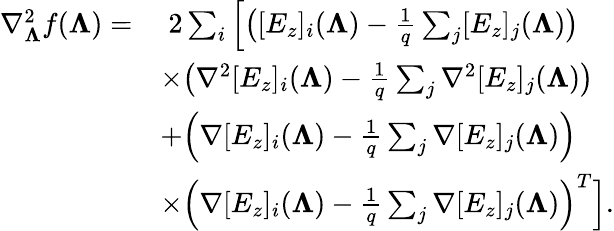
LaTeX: \begin{array}{rl}{\nabla_{\boldsymbol{\Lambda}}^{2}f(\boldsymbol{\Lambda})=}&{\; 2\sum_{i}\left[\big([E_{z}]_{i}(\boldsymbol{\Lambda})-\frac{1}{q}\sum_{j}[E_{z}]_{j}(\boldsymbol{\Lambda})\big)\right.}\\ &{\left.\times\big(\nabla^{2}[E_{z}]_{i}(\boldsymbol{\Lambda})-\frac{1}{q}\sum_{j}\nabla^{2}[E_{z}]_{j}(\boldsymbol{\Lambda})\big)\right.}\\ &{\left.+\Big(\nabla[E_{z}]_{i}(\boldsymbol{\Lambda})-\frac{1}{q}\sum_{j}\nabla[E_{z}]_{j}(\boldsymbol{\Lambda})\Big)\right.}\\ &{\left.\times\Big(\nabla[E_{z}]_{i}(\boldsymbol{\Lambda})-\frac{1}{q}\sum_{j}\nabla[E_{z}]_{j}(\boldsymbol{\Lambda})\Big)^{T}\right].}\end{array}